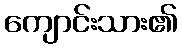
ကျောင်းသား၏